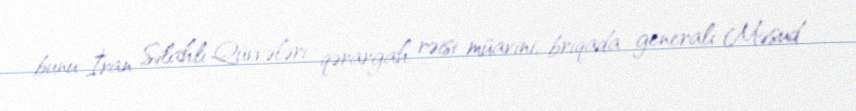
bunu İran Silahlı Qüvvələri qərargah rəisi müavini, briqada generalı Məsud